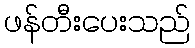
ဖန်တီးပေးသည်